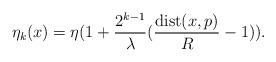
LaTeX: \begin{align*}\eta_k(x) = \eta(1+\frac{2^{k-1}}{\lambda}( \frac{\mathrm{dist}(x,p)}{R}-1)).\end{align*}